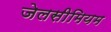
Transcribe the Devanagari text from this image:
जेलसीमियम